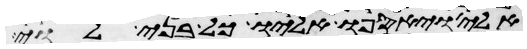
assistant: אלי ויאספו אליו כל בני לוי